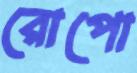
রোপো